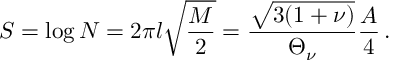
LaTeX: S = \log { \cal N } = 2 \pi l \sqrt { \frac { M } { 2 } } = \frac { \sqrt { 3 ( 1 + \nu ) } } { \Theta _ { \nu } } \frac { A } { 4 } \, .